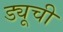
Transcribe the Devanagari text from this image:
ड्यूची